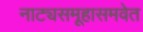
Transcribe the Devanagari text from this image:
नाट्यसमूहासमवेत